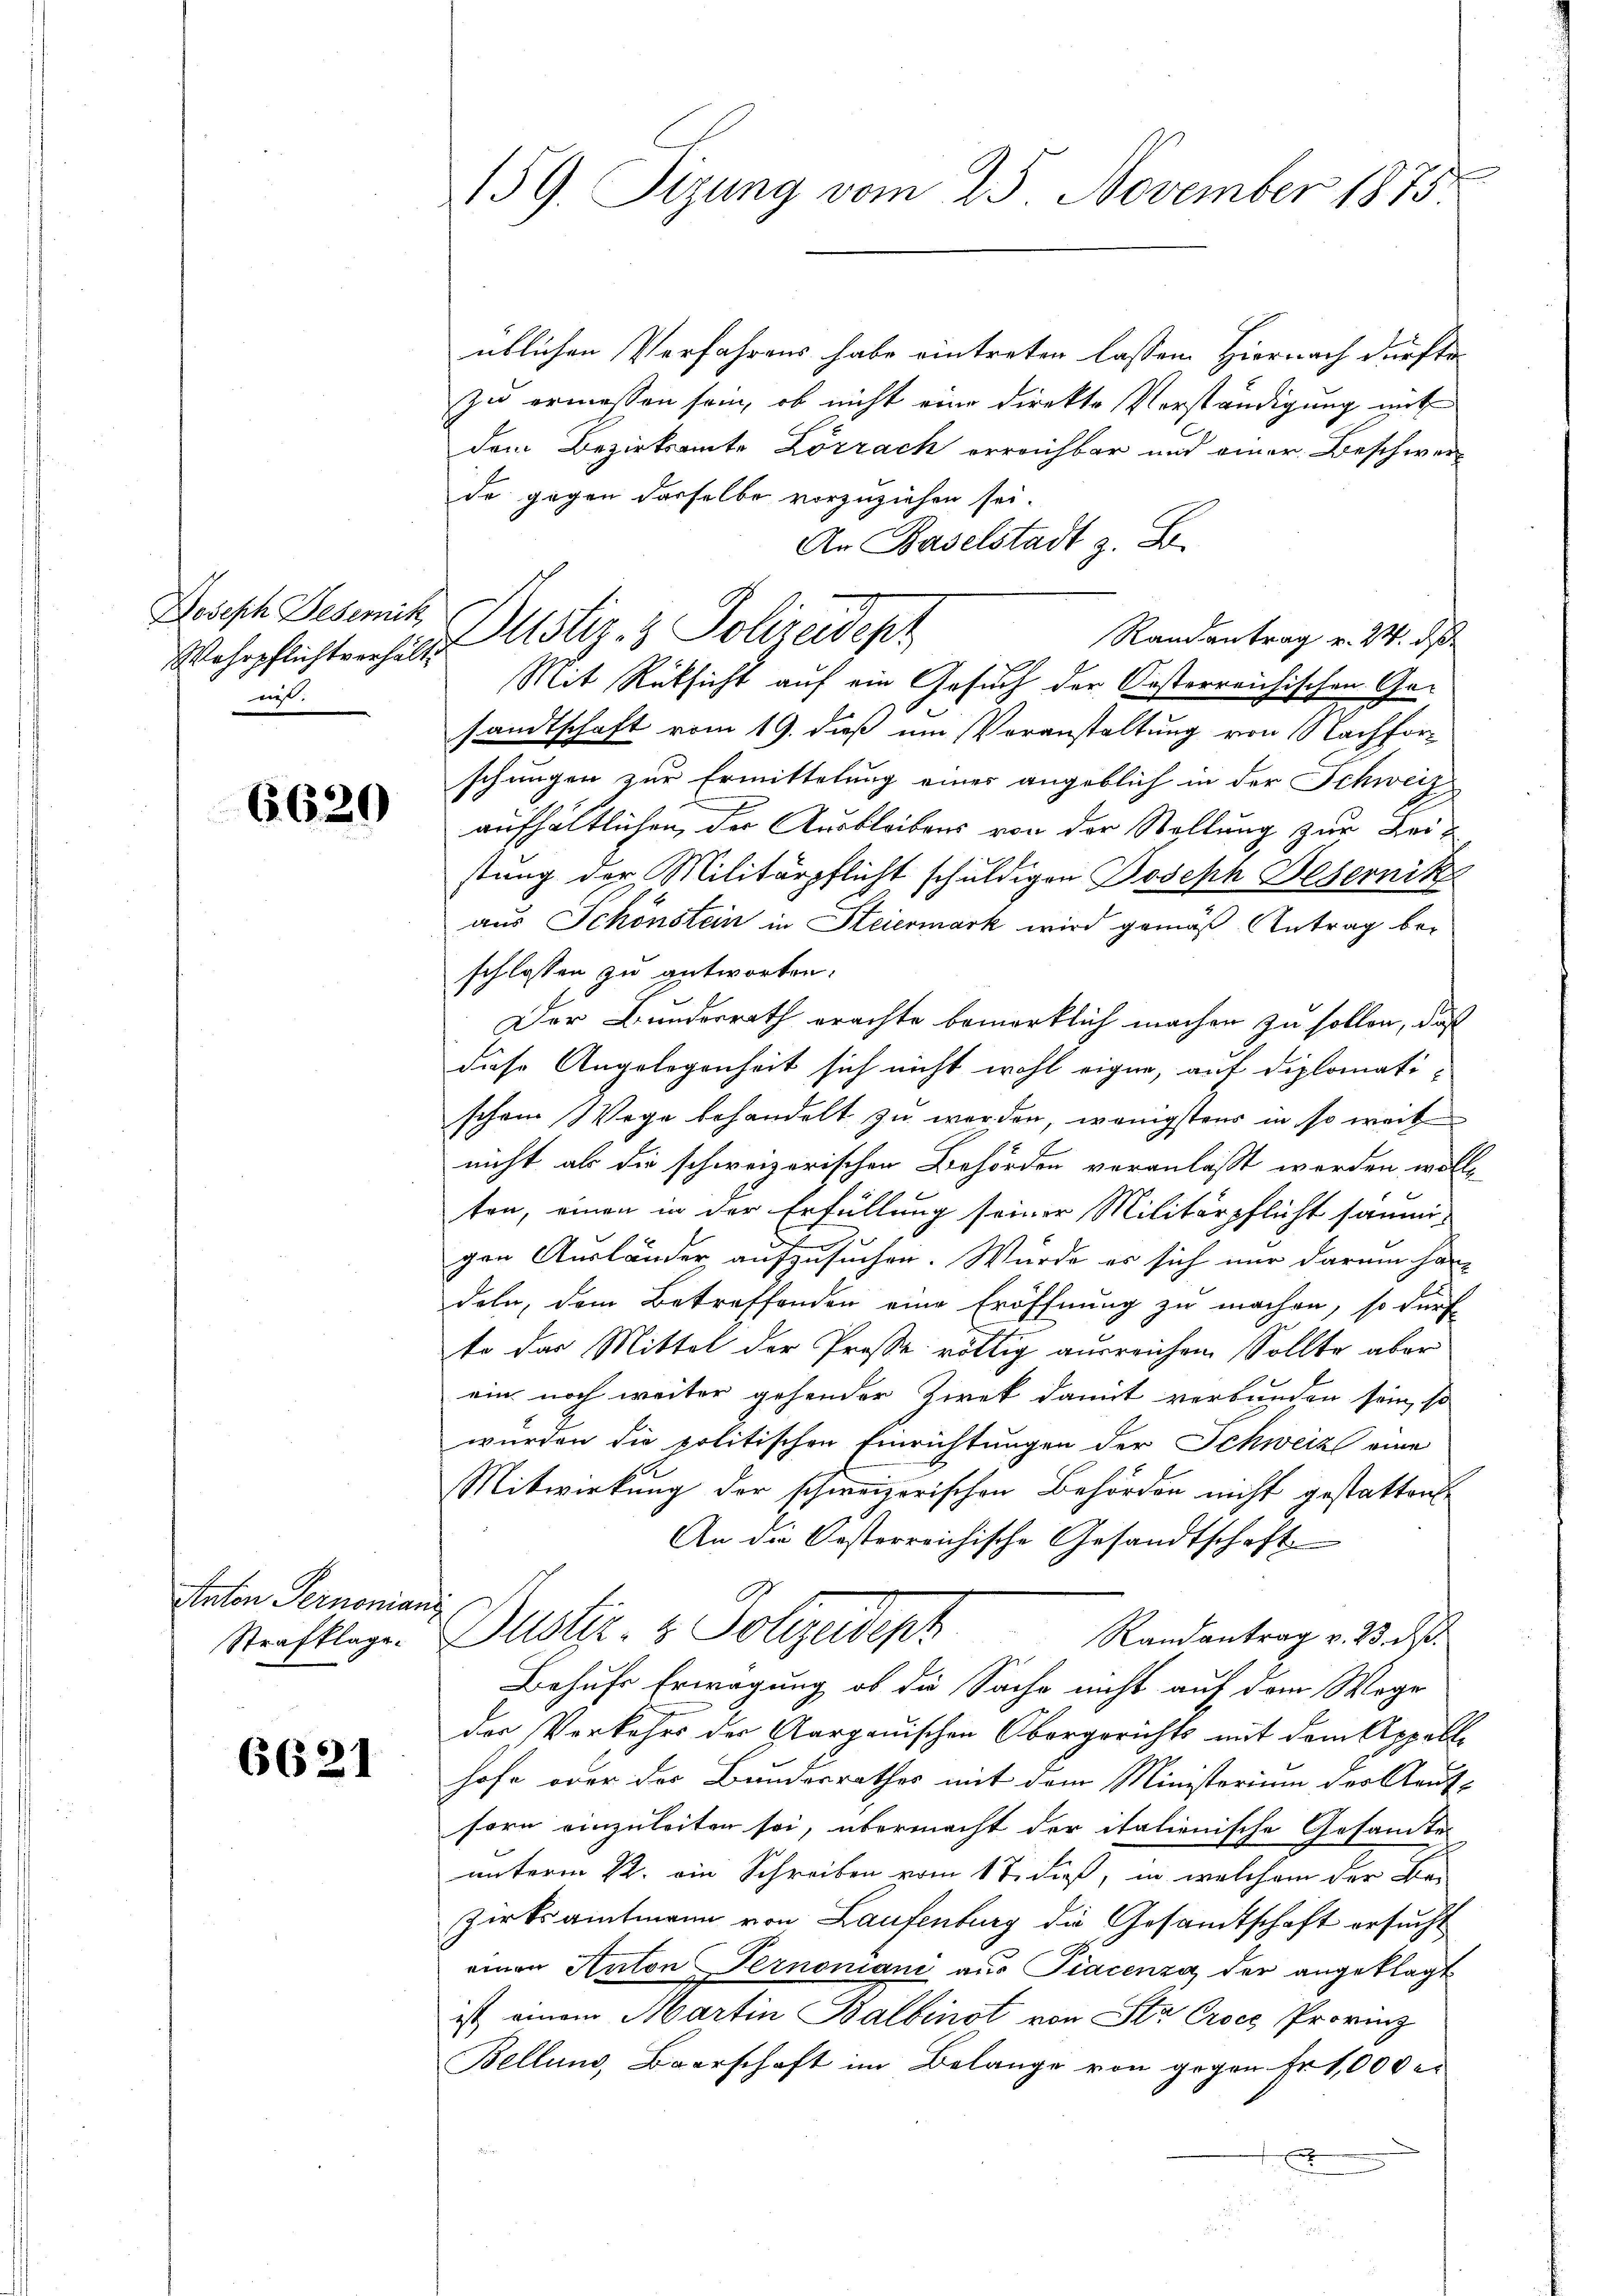
Joseph Beseit
Wehrpflichtverhält.
enst.

6620

Anton Pernonian
Strafklage.

6621

159. Sizung vom 25. November 1873

üblichen Verfahrens habe eintreten lassen. Hiernach dürfte
zu ermessen sein, ob nicht eine direkte Verständigung mit
dem Bezirksamte Lörrach erreichbar und einer Beschwerde gegen derselbe vorzuziehen sei.
An Baselstadt z. B.
Mit Rüksicht auf ein Gesuch der Orsterreichischen Gesandtschaft vom 19. daß um Voranstaltung von Nachforschungen zur Ermittelung eines angeblich in der Schweiz
aufhältlichen, der Ausbleibens von der Stellung zur Beistung der Militärpflicht schuldigen Joseph Peternik
aus Schönstein in Steiermark wird gemäß Antrag beschlossen zu antworten.
Der Bundesrath erachte bemerklich machen zu sollen, daß
diese Angelegenheit sich nicht wohl eigen, auf diplomatischon Wege behandelt zu werden, wenigstens in so weit
nicht als die schweizerischen Behörden veranlaßt werden wolle
ten, einen in der Erfüllung seiner Militärpflicht samm-
gen Ausländer aufzusuchen. Wurde er sich nur darum han-
deln, dem Betreffenden eine Eröffnung zu machen, so dürf
.
te das Mittel der Prose rättig ausreichen Sollte aber
ein noch weiter gehender Zirek damit verbunden sein, so
wurden die politischen Einrichtungen der Schweiz eine
Mitwirkung der schweizerischen Behörden nicht gestatten
An die Oesterreichische Gesandtschaft
Suster & Polizeidigt
Randantrag v. 23. d.
g
Behufs Erwägung, ob die Sache nicht auf dem Wege
der Vorkehrs der Aargauischen Obergerichts mit dem Appelle
hofe oder der Bandesrathes mit dem Ministerium der Kauf-
sern einzuleiten sei, übermacht der italienische Gesamte
unterm 22. ein Schreiben vom 17. dieß, in welchem der Be-
zirksamtmann von Laufenburg die Gesandtschaft ersucht
einen Anton Pernoniani aus Piacenza der angeklagt
ist einem Martin Balbinst von Sta Croes Provinz
Belland, Baarschaft im Belange von gegen Fr. 1,000 er
t

Dustiz- & Polizeidepr

Randantrag v. 24. ds